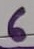
Text: 6